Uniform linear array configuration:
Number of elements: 12
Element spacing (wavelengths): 0.75
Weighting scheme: hamming
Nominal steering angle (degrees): -30
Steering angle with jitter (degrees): -31.755
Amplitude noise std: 0.05
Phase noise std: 0.05

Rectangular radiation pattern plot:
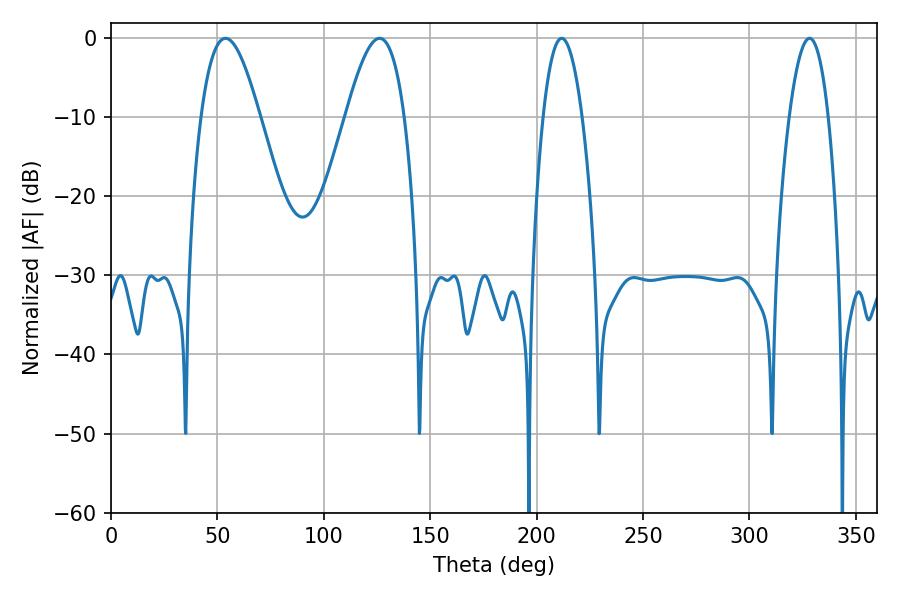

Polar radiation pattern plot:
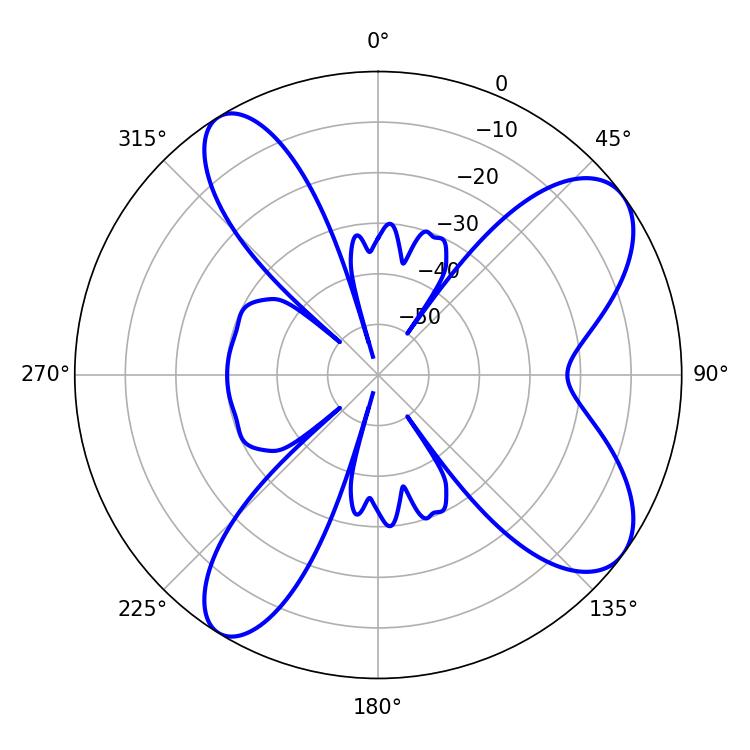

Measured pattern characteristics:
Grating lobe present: TRUE
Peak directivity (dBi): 8.761
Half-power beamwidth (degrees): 14.94
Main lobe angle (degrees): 53.82